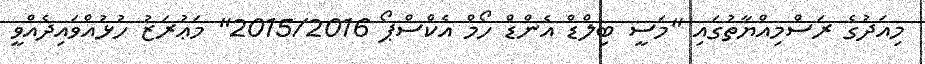
މިއަދުގެ ރަސްމިއްޔާތުގައި "މަސީ ބިލްޑް އެންޑް ހޯމް އެކްސްޕޯ 2015/2016" މަޢުރަޒު ހުޅުއްވައިދެއްވީ